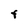
Character: F